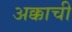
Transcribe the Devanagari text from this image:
अक्काची